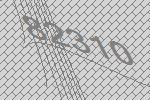
82310